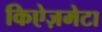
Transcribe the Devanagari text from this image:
किऐज़मेटा